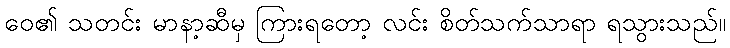
ဝေ၏ သတင်း မာနာ့ဆီမှ ကြားရတော့ လင်း စိတ်သက်သာရာ ရသွားသည်။